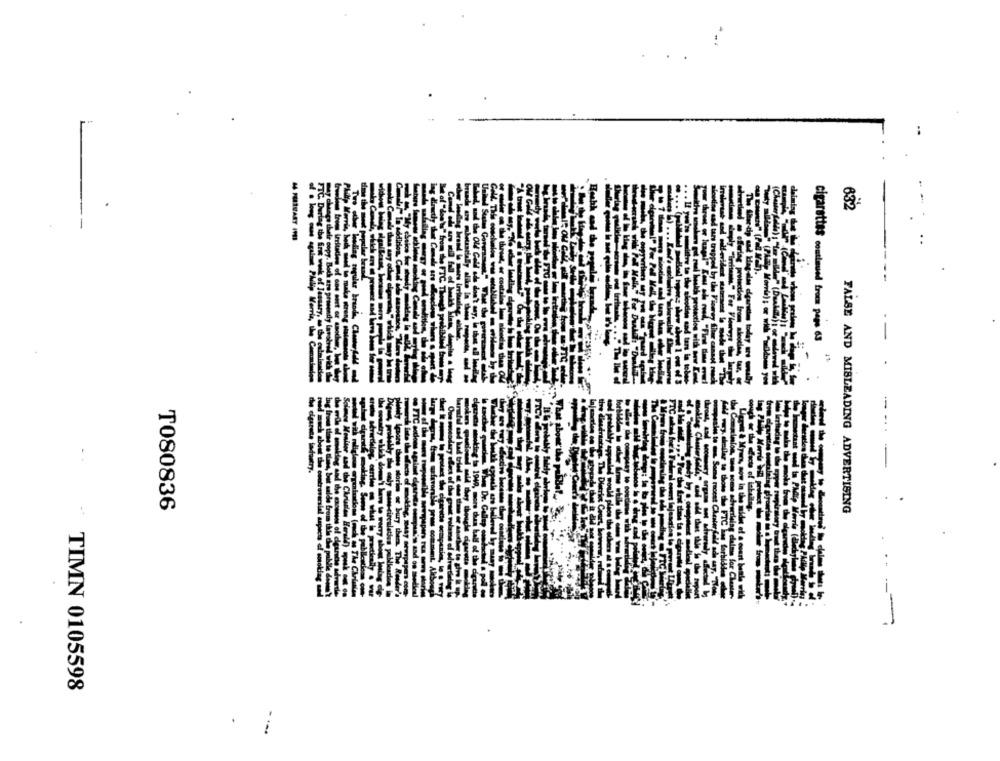
-
632
cigarettes continued from pero 63
T080836
FALSE AND MISLEADING ADVERTISING
TIMN 0105598